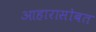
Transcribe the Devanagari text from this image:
आहारासोबत